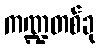
ကဏ္ဍတစ်ခု